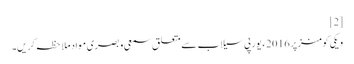
[2]
ویکی کومنز پر 2016ء یورپی سیلاب سے متعلق سمعی و بصری مواد ملاحظہ کریں۔